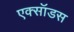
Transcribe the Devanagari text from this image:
एक्सॉडस